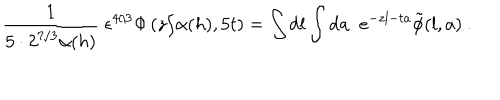
LaTeX: { \frac { 1 } { 5 \cdot 2 ^ { 7 / 3 } \alpha ( h ) } } \; { \epsilon ^ { 4 / 3 } \Phi \left( { z / \alpha ( h ) } , 5 t \right) } = \int \mathrm { d } l \int \mathrm { d } a \; \; e ^ { - z l - t a } \tilde { \phi } ( l , a ) \ .